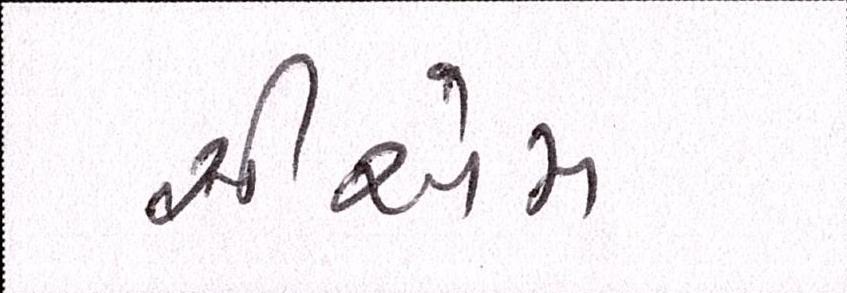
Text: સીએમ